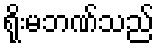
ရိုးမဘဏ်သည်